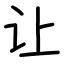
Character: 让